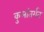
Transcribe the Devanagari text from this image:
कुलांतर्गत